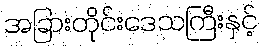
အခြားတိုင်းဒေသကြီးနှင့်